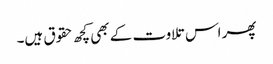
پھر اس تلاوت کے بھی کچھ حقوق ہیں۔